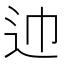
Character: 𰺱